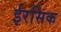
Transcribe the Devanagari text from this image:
ईरसिक